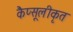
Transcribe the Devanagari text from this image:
कैप्सूलीकृत